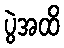
ပွဲအထိ